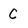
Character: C